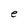
Character: e